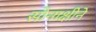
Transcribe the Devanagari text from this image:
सोनाक्षीने